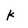
Character: K